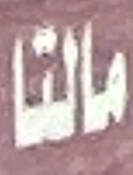
مالتا